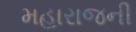
મહારાજની